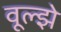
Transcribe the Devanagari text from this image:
वूल्झे